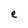
Character: e